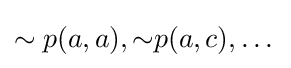
\sim p(a,a),{\sim }p(a,c),\dots